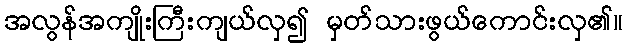
အလွန်အကျိုးကြီးကျယ်လှ၍ မှတ်သားဖွယ်ကောင်းလှ၏။